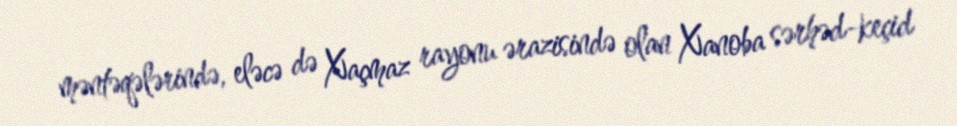
məntəqələrində, eləcə də Xaçmaz rayonu ərazisində olan Xanoba sərhəd-keçid